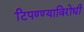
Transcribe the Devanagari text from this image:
टिपण्ण्याविरोधी